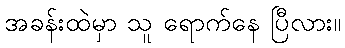
အခန်းထဲမှာ သူ ရောက်နေ ပြီလား။